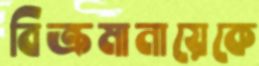
বিক্রমানায়েকে